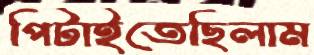
পিটাইতেছিলাম